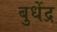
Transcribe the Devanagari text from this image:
बुधेंद्र